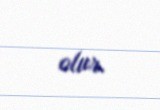
olur.